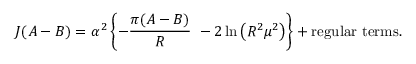
J ( A - B ) = \alpha ^ { 2 } \left\{ - \frac { \pi ( A - B ) } { R } \ - 2 \ln \left( R ^ { 2 } \mu ^ { 2 } \right) \right\} + \mathrm { r e g u l a r ~ t e r m s } .